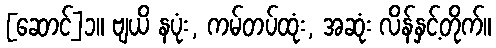
[ဆောင်]၁။ ဗျယိ နပုံး, ကမ်တပ်ထုံး, အဆုံး လိန်နှင့်တိုက်။